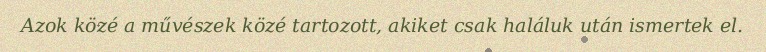
Azok közé a művészek közé tartozott, akiket csak haláluk után ismertek el.